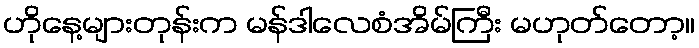
ဟိုနေ့များတုန်းက မန်ဒါလေစံအိမ်ကြီး မဟုတ်တော့။